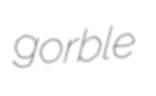
gorble